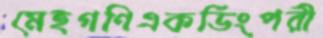
মেহগণিএকর্ডিংপরী